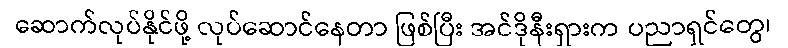
ဆောက်လုပ်နိုင်ဖို့ လုပ်ဆောင်နေတာ ဖြစ်ပြီး အင်ဒိုနီးရှားက ပညာရှင်တွေ၊